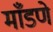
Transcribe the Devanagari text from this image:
माँडणे